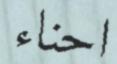
احناء